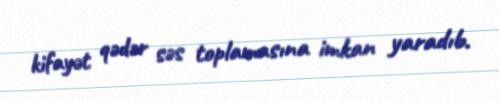
kifayət qədər səs toplamasına imkan yaradıb.